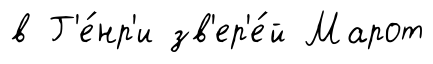
в Г'е́нр'и зв'ер'е́й Марот